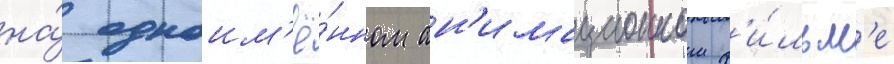
на́ одноим'ё́нном ан'имационном ф'и́льм'е